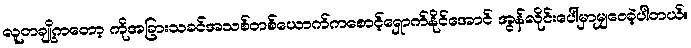
လူတချို့ကတော့ ကိုအခြားသခင်အသစ်တစ်ယောက်ကစောင့်ရှောက်နိုင်အောင် အွန်လိုင်းပေါ်မှာမျှဝေခဲ့ပါတယ်။